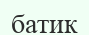
батик